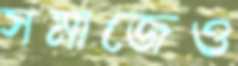
সমাজেও